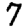
Digit: 7